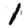
Digit: 1